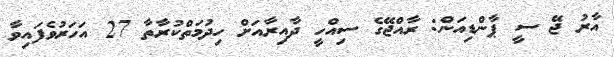
އާރު ޖޭ ސީ ޕާންޑިއަން: ރާއްޖޭގެ ސިއްހީ ދާއިރާއަށް ހިދުމަތްކުރާތާ 27 އަހަރުވެފައިވާ